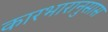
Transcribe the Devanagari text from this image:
कारभारानुसास